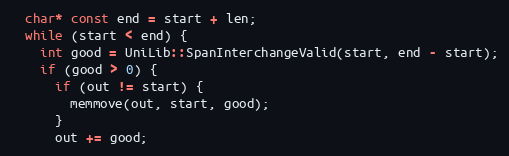
Language: C++
  char* const end = start + len;
  while (start < end) {
    int good = UniLib::SpanInterchangeValid(start, end - start);
    if (good > 0) {
      if (out != start) {
        memmove(out, start, good);
      }
      out += good;